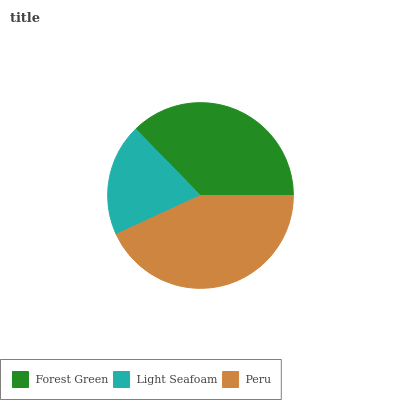
| Forest Green | Light Seafoam | Peru |
 | --- | --- | --- |
 | 37.3% | 19.6% | 43.2% |